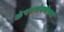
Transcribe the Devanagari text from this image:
कंपनसंख्येच्या